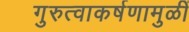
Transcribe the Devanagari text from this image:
गुरुत्वाकर्षणामुळीं